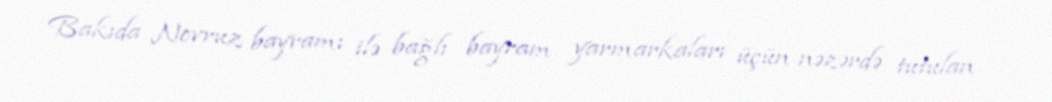
Bakıda Novruz bayramı ilə bağlı bayram yarmarkaları üçün nəzərdə tutulan